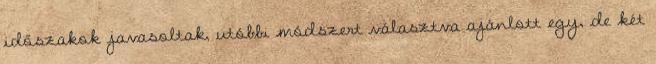
időszakok javasoltak, utóbbi módszert választva ajánlott egy, de két